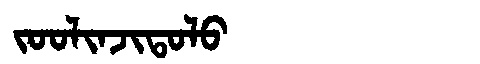
Manchu: ᠵᠣᠣᠯᡳᠨᠵᡳᡨᠣᠯᠣ
Romanization: JOOLINJITOLO